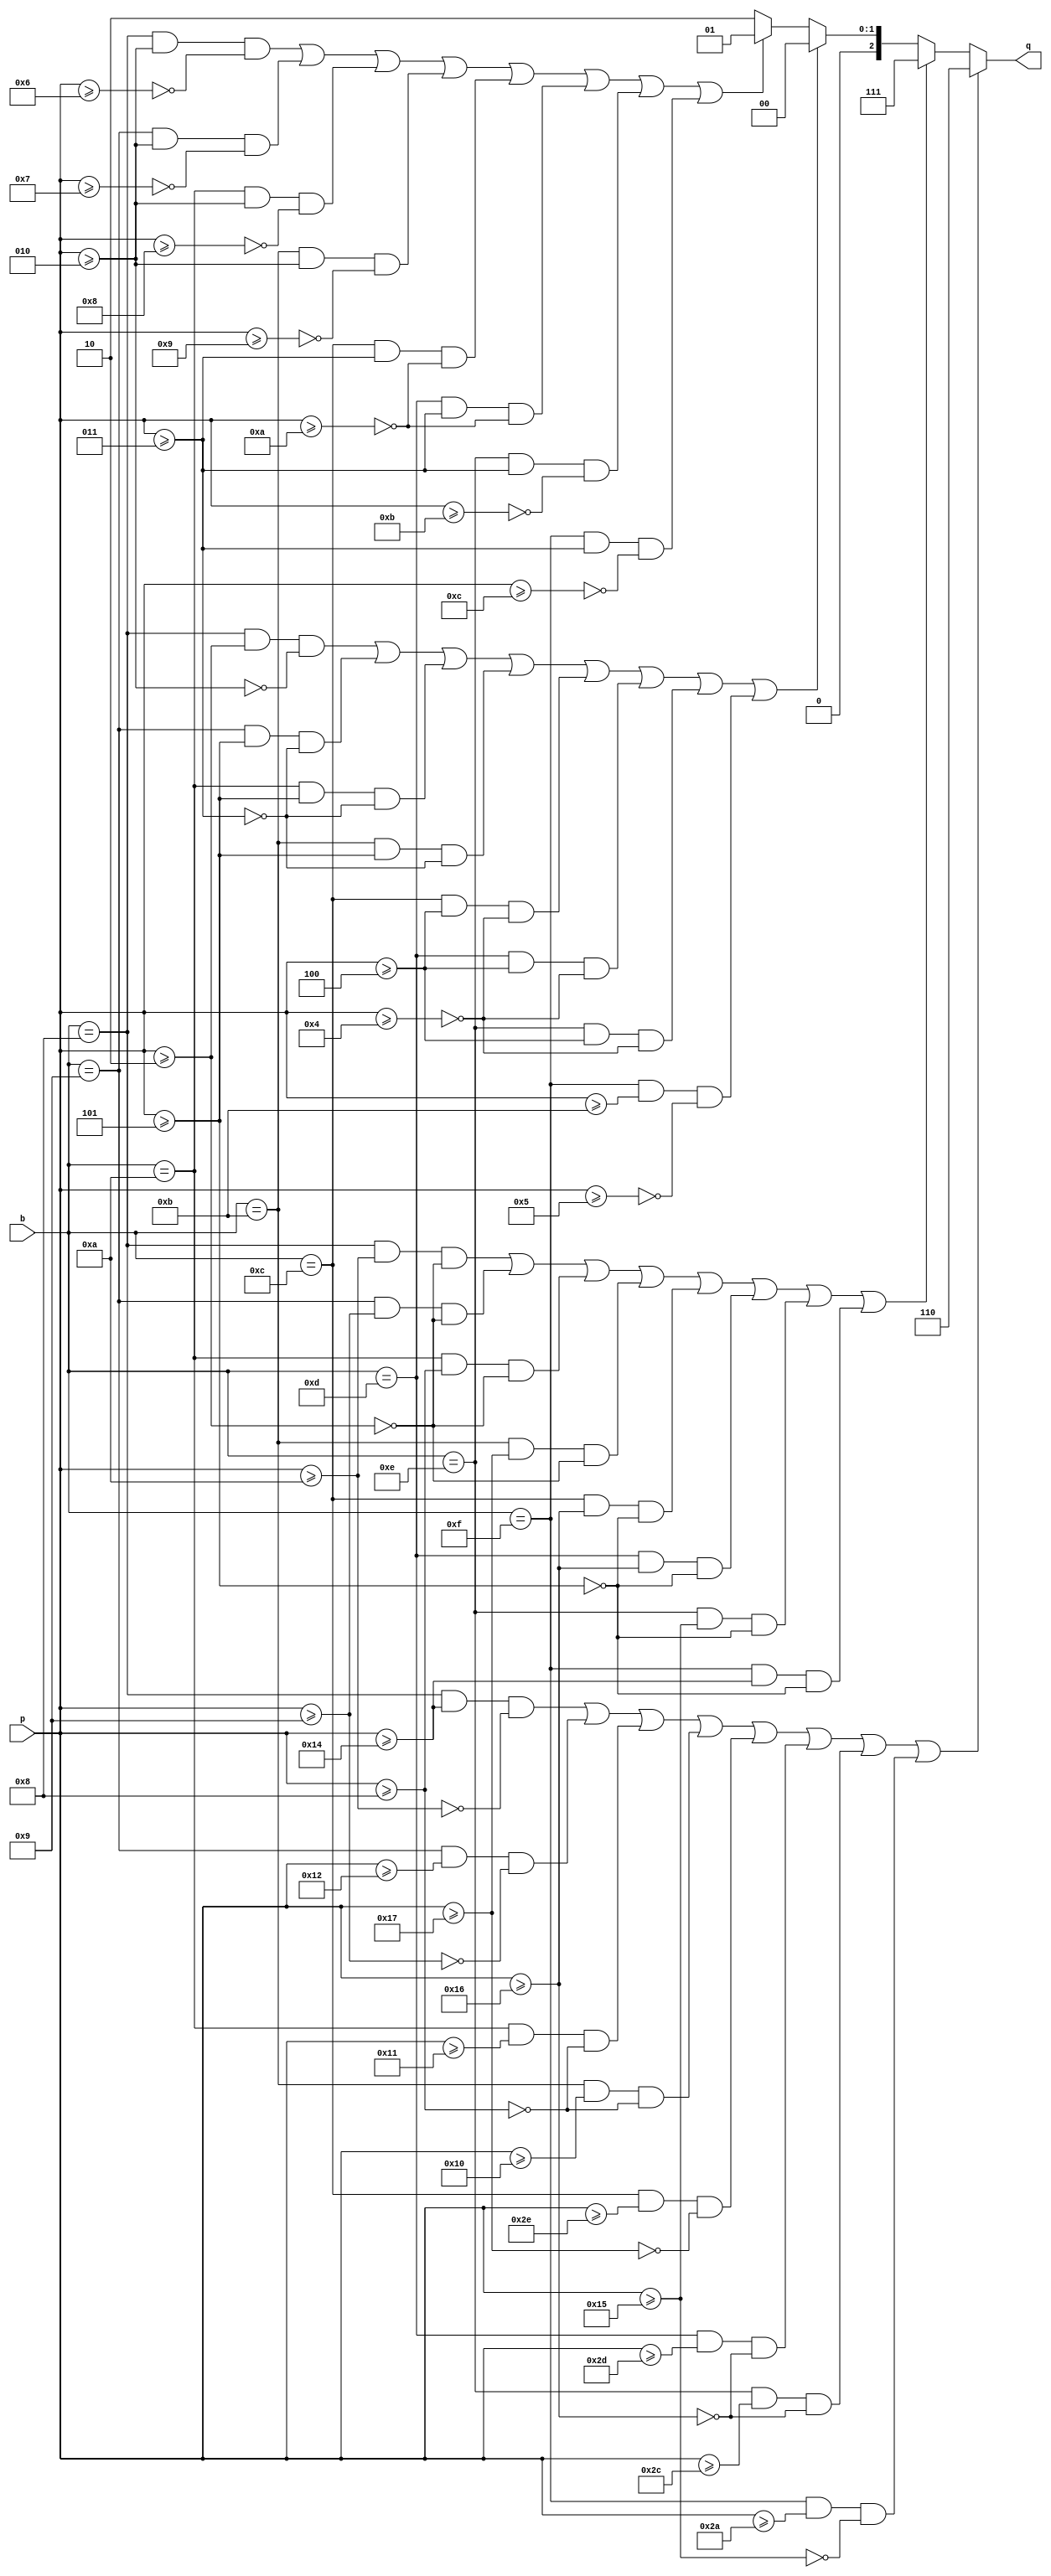
/*
    b   range of P   q  |   b   range of P    q
    8   -12     -7  -2  |   12  -18     -10  -2
    8    -6     -3  -1  |   12  -10      -4  -1
    8    -2      1   0  |   12   -4       3   0 
    8     2      5   1  |   12    3       9   1
    8     6     11   2  |   12    9      17   2

    9   -14     -8  -2  |   13  -19     -11  -2
    9    -7     -3  -1  |   13  -10      -4  -1
    9    -3      2   0  |   13   -4       3   0
    9     2      6   1  |   13    3       9   1
    9     7     13   2  |   13   10      18   2

    10  -15     -9  -2  |   14  -20     -11  -2
    10   -8     -3  -1  |   14  -11      -4  -1
    10   -3      2   0  |   14   -4       3   0
    10    2      7   1  |   14    3      10   1
    10    8     14   2  |   14   10      19   2

    11  -16     -9  -2  |   15  -22     -12  -2
    11   -9     -3  -1  |   15  -12      -4  -1
    11   -3      2   0  |   15   -5       4   0
    11    2      8   1  |   15    3      11   1
    11    8     15   2  |   15   11      21   2
*/
module qselect (
    // check 6 bits of P and 4 bits of B
    input           [3:0]   b,
    input   signed  [5:0]   p,
    output          [2:0]   q
);
    wire b_1000 = (b == 4'b1000);
    wire b_1001 = (b == 4'b1001);
    wire b_1010 = (b == 4'b1010);
    wire b_1011 = (b == 4'b1011);
    wire b_1100 = (b == 4'b1100);
    wire b_1101 = (b == 4'b1101);
    wire b_1110 = (b == 4'b1110);
    wire b_1111 = (b == 4'b1111);

    wire p_ge_neg22 = p >= -22;
    wire p_ge_neg20 = p >= -20;
    wire p_ge_neg19 = p >= -19;
    wire p_ge_neg18 = p >= -18;
    wire p_ge_neg16 = p >= -16;
    wire p_ge_neg15 = p >= -15;
    wire p_ge_neg14 = p >= -14;
    wire p_ge_neg12 = p >= -12;
    wire p_ge_neg11 = p >= -11;
    wire p_ge_neg10 = p >= -10;

    wire p_ge_neg9 = p >= -9;
    wire p_ge_neg8 = p >= -8;
    wire p_ge_neg7 = p >= -7;
    wire p_ge_neg6 = p >= -6;
    wire p_ge_neg5 = p >= -5;
    wire p_ge_neg4 = p >= -4;
    wire p_ge_neg3 = p >= -3;
    wire p_ge_neg2 = p >= -2;

    wire p_ge_1 = p >= 1;
    wire p_ge_2 = p >= 2;
    wire p_ge_3 = p >= 3;
    wire p_ge_4 = p >= 4;
    wire p_ge_5 = p >= 5;
    wire p_ge_6 = p >= 6;
    wire p_ge_7 = p >= 7;
    wire p_ge_8 = p >= 8;
    wire p_ge_9 = p >= 9;

    wire p_ge_10 = p >= 10;
    wire p_ge_11 = p >= 11;
    wire p_ge_12 = p >= 12;
    wire p_ge_13 = p >= 13;
    wire p_ge_14 = p >= 14;
    wire p_ge_15 = p >= 15;
    wire p_ge_16 = p >= 16;
    wire p_ge_17 = p >= 17;
    wire p_ge_18 = p >= 18;
    wire p_ge_19 = p >= 19;
    wire p_ge_20 = p >= 20;
    wire p_ge_21 = p >= 21;
    wire p_ge_22 = p >= 22;
    // right bound need to +1 (to fit in the `~` `>=` combination)
    // 8
    wire p_1000_q_neg2 = (b_1000 & p_ge_neg12 & ~p_ge_neg6);
    wire p_1000_q_neg1 = (b_1000 & p_ge_neg6 & ~p_ge_neg2);
    wire p_1000_q_0 = (b_1000 & p_ge_neg2 & ~p_ge_2);
    wire p_1000_q_1 = (b_1000 & p_ge_2 & ~p_ge_6);
    wire p_1000_q_2 = (b_1000 & p_ge_6 & ~p_ge_12);
    // 9
    wire p_1001_q_neg2 = (b_1001 & p_ge_neg14 & ~p_ge_neg7);
    wire p_1001_q_neg1 = (b_1001 & p_ge_neg7 & ~p_ge_neg2);
    wire p_1001_q_0 = (b_1001 & p_ge_neg3 & ~p_ge_3);
    wire p_1001_q_1 = (b_1001 & p_ge_2 & ~p_ge_7);
    wire p_1001_q_2 = (b_1001 & p_ge_7 & ~p_ge_14);
    // 10
    wire p_1010_q_neg2 = (b_1010 & p_ge_neg15 & ~p_ge_neg8);
    wire p_1010_q_neg1 = (b_1010 & p_ge_neg8 & ~p_ge_neg2);
    wire p_1010_q_0 = (b_1010 & p_ge_neg3 & ~p_ge_3);
    wire p_1010_q_1 = (b_1010 & p_ge_2 & ~p_ge_8);
    wire p_1010_q_2 = (b_1010 & p_ge_8 & ~p_ge_15);
    // 11
    wire p_1011_q_neg2 = (b_1011 & p_ge_neg16 & ~p_ge_neg8);
    wire p_1011_q_neg1 = (b_1011 & p_ge_neg9 & ~p_ge_neg2);
    wire p_1011_q_0 = (b_1011 & p_ge_neg3 & ~p_ge_3);
    wire p_1011_q_1 = (b_1011 & p_ge_2 & ~p_ge_9);
    wire p_1011_q_2 = (b_1011 & p_ge_8 & ~p_ge_16);
    // 12
    wire p_1100_q_neg2 = (b_1100 & p_ge_neg18 & ~p_ge_neg9);
    wire p_1100_q_neg1 = (b_1100 & p_ge_neg10 & ~p_ge_neg3);
    wire p_1100_q_0 = (b_1100 & p_ge_neg4 & ~p_ge_4);
    wire p_1100_q_1 = (b_1100 & p_ge_3 & ~p_ge_10);
    wire p_1100_q_2 = (b_1100 & p_ge_9 & ~p_ge_18);
    // 13
    wire p_1101_q_neg2 = (b_1101 & p_ge_neg19 & ~p_ge_neg10);
    wire p_1101_q_neg1 = (b_1101 & p_ge_neg10 & ~p_ge_neg3);
    wire p_1101_q_0 = (b_1101 & p_ge_neg4 & ~p_ge_4);
    wire p_1101_q_1 = (b_1101 & p_ge_3 & ~p_ge_10);
    wire p_1101_q_2 = (b_1101 & p_ge_10 & ~p_ge_19);
    // 14
    wire p_1110_q_neg2 = (b_1110 & p_ge_neg20 & ~p_ge_neg10);
    wire p_1110_q_neg1 = (b_1110 & p_ge_neg11 & ~p_ge_neg3);
    wire p_1110_q_0 = (b_1110 & p_ge_neg4 & ~p_ge_4);
    wire p_1110_q_1 = (b_1110 & p_ge_3 & ~p_ge_11);
    wire p_1110_q_2 = (b_1110 & p_ge_10 & ~p_ge_20);
    // 15
    wire p_1111_q_neg2 = (b_1111 & p_ge_neg22 & ~p_ge_neg11);
    wire p_1111_q_neg1 = (b_1111 & p_ge_neg12 & ~p_ge_neg3);
    wire p_1111_q_0 = (b_1111 & p_ge_neg5 & ~p_ge_5);
    wire p_1111_q_1 = (b_1111 & p_ge_3 & ~p_ge_12);
    wire p_1111_q_2 = (b_1111 & p_ge_11 & ~p_ge_22);

    wire q_neg2 = p_1000_q_neg2 | p_1001_q_neg2 | p_1010_q_neg2 | p_1011_q_neg2 | 
                p_1100_q_neg2 | p_1101_q_neg2 | p_1110_q_neg2 | p_1111_q_neg2;

    wire q_neg1 = p_1000_q_neg1 | p_1001_q_neg1 | p_1010_q_neg1 | p_1011_q_neg1 | 
                p_1100_q_neg1 | p_1101_q_neg1 | p_1110_q_neg1 | p_1111_q_neg1;

    wire q_0 = p_1000_q_0 | p_1001_q_0 | p_1010_q_0 | p_1011_q_0 | 
                p_1100_q_0 | p_1101_q_0 | p_1110_q_0 | p_1111_q_0;

    wire q_1 = p_1000_q_1 | p_1001_q_1 | p_1010_q_1 | p_1011_q_1 | 
                p_1100_q_1 | p_1101_q_1 | p_1110_q_1 | p_1111_q_1;

    wire q_2 = p_1000_q_2 | p_1001_q_2 | p_1010_q_2 | p_1011_q_2 | 
                p_1100_q_2 | p_1101_q_2 | p_1110_q_2 | p_1111_q_2;

    assign q = q_neg2? -2:
        q_neg1? -1:
        q_0? 0:
        q_1? 1:
        2;

endmodule